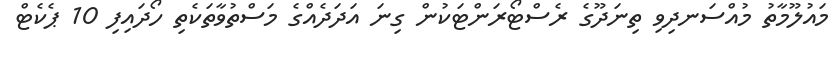
މައުލޫމާތު މުއްސަނދިވި ތިނަދޫގެ ރެސްޓޯރަންޓަކުން ގިނަ އަދަދެއްގެ މަސްތުވާތަކެތި ހޯދައިފި 10 ޕެކެޓް